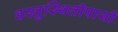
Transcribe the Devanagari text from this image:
वस्तुस्थितीपायी